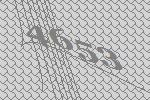
4653